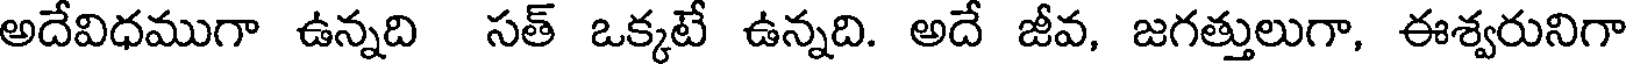
అదేవిధముగా ఉన్నది సత్ ఒక్కటే ఉన్నది. అదే జీవ, జగత్తులుగా, ఈశ్వరునిగా